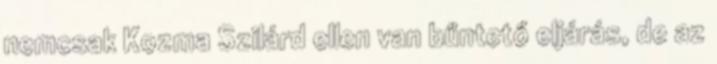
nemcsak Kozma Szilárd ellen van bűntető eljárás, de az